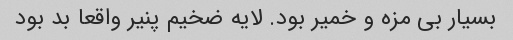
بسیار بی مزه و خمیر بود. لایه ضخیم پنیر واقعا بد بود